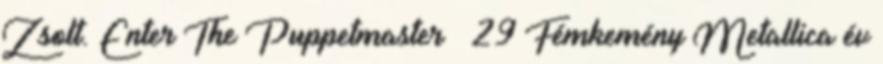
Zsolt. Enter The Puppetmaster – 29 Fémkemény Metallica év